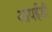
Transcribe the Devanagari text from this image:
आयईडी